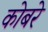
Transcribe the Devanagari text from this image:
कोबरे